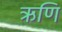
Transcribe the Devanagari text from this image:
ऋणि